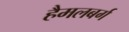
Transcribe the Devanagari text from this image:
हैमलबर्ग